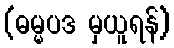
(ဓမ္မပဒ မှယူရန်)